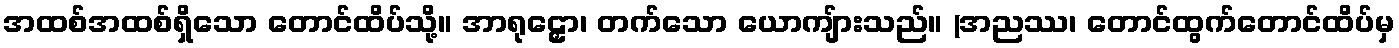
အထစ်အထစ်ရှိသော တောင်ထိပ်သို့။ အာရုဠှော၊ တက်သော ယောကျ်ားသည်။ (အညဿ၊ တောင်ထွက်တောင်ထိပ်မှ